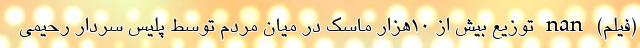
(فیلم) nan توزیع بیش از ۱۰هزار ماسک در میان مردم توسط پلیس سردار رحیمی